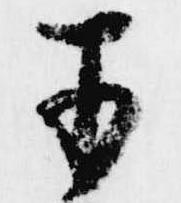
于